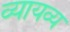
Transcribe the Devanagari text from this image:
व्यायव्य